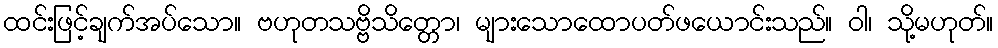
ထင်းဖြင့်ချက်အပ်သော။ ဗဟုတသဗ္ဗိသိတ္တော၊ များသောထောပတ်ဖယောင်းသည်။ ဝါ၊ သို့မဟုတ်။